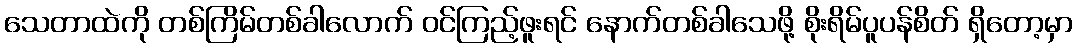
သေတာထဲကို တစ်ကြိမ်တစ်ခါလောက် ဝင်ကြည့်ဖူးရင် နောက်တစ်ခါသေဖို့ စိုးရိမ်ပူပန်စိတ် ရှိတော့မှာ